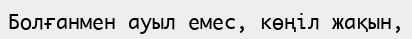
Болғанмен ауыл емес, көңіл жақын,